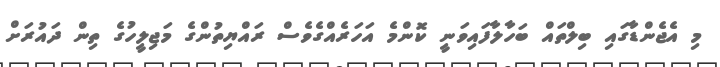
މި އެޖެންޑާގައި ބިލްތައް ބަހާލާފައިވަނީ ކޮންމެ އަހަރެއްގެވެސް ރައްޔިތުންގެ މަޖިލީހުގެ ތިން ދައުރަށް